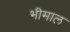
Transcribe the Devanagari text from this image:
भीमाल